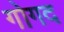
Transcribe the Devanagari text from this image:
गोगद